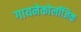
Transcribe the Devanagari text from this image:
गायनेकोलॉजिक